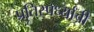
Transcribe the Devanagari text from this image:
प्रतिस्पर्ध्यांची